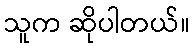
သူက ဆိုပါတယ်။